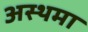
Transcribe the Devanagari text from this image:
अस्‍थमा